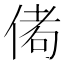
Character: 𬾭